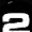
Digit: 2